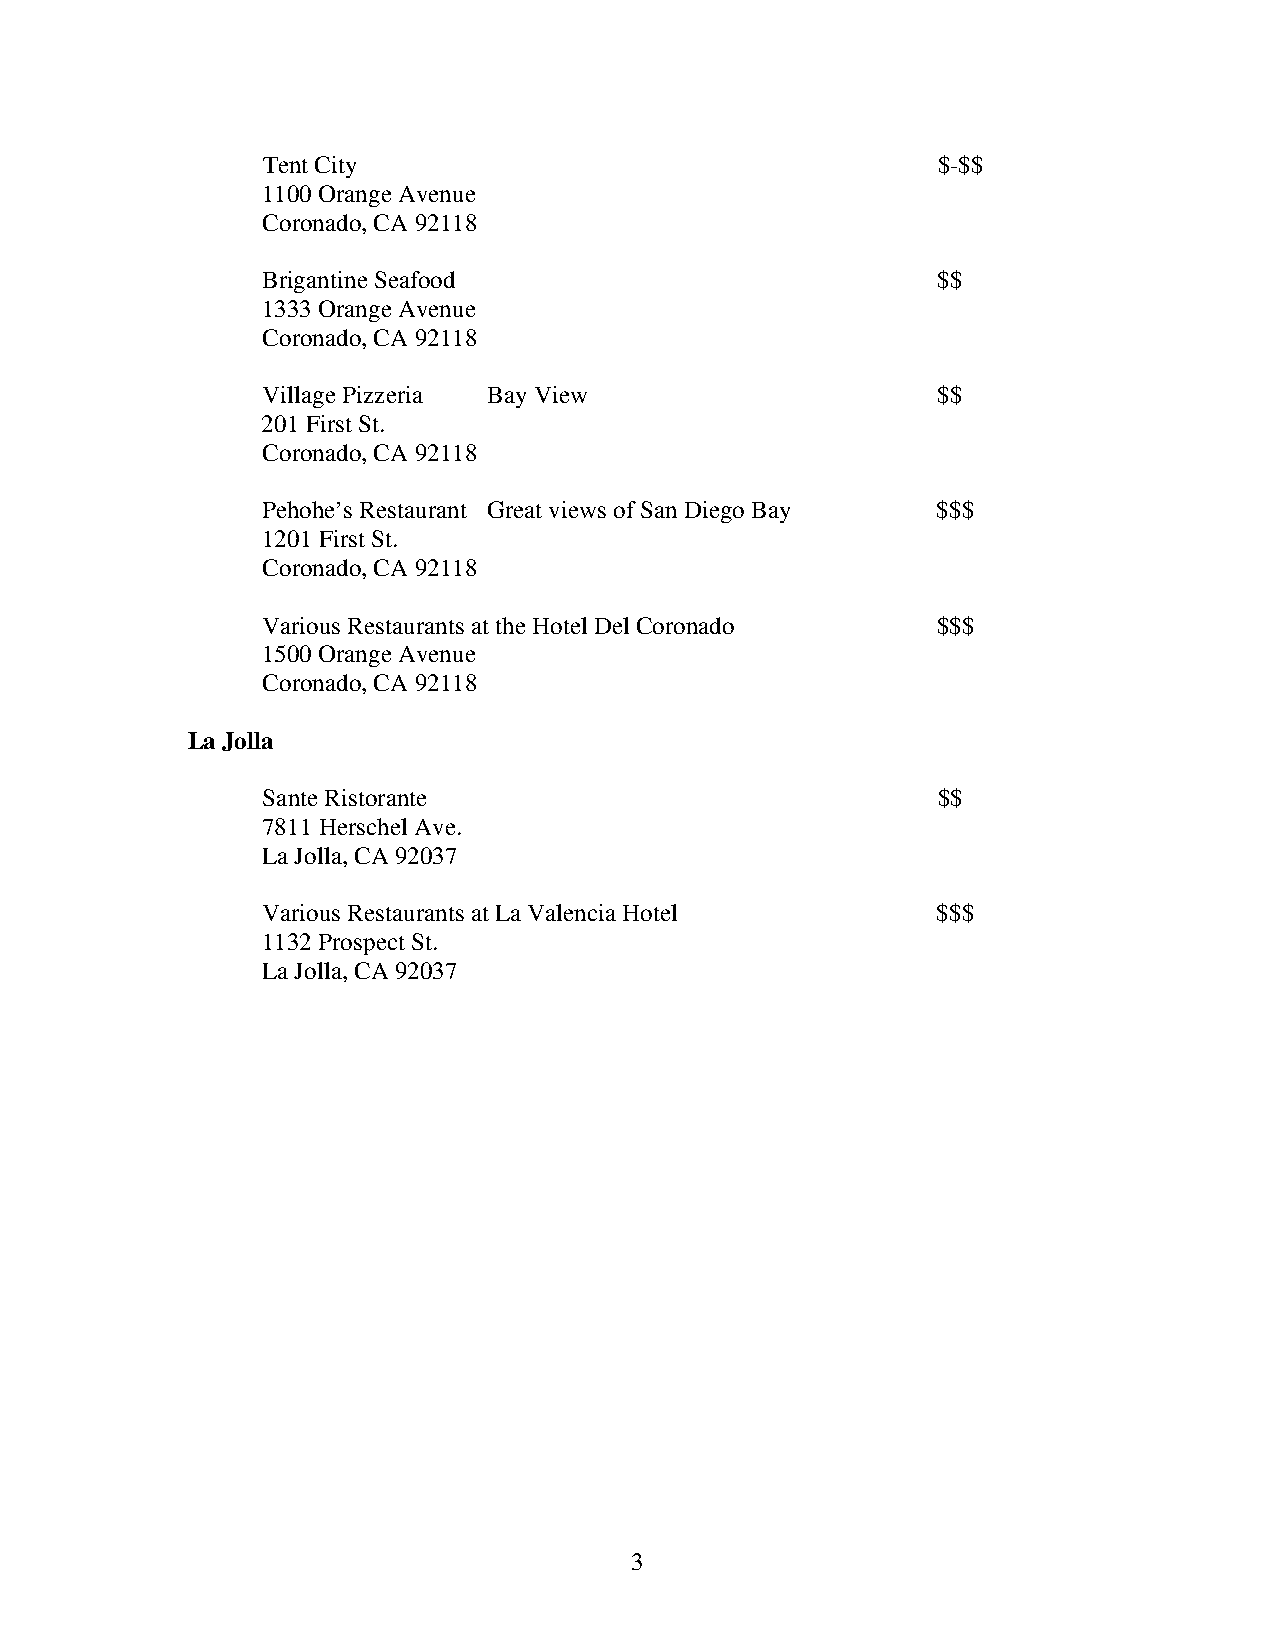
Tent City                                    $-$$
 1100 Orange Avenue
 Coronado, CA 92118
 Brigantine Seafood                           $$
 1333 Orange Avenue
 Coronado, CA 92118
 Village Pizzeria Bay View                    $$
 201 First St.
 Coronado, CA 92118
 Pehohe’s Restaurant Great views of San Diego Bay $$$
 1201 First St.
 Coronado, CA 92118
 Various Restaurants at the Hotel Del Coronado $$$
 1500 Orange Avenue
 Coronado, CA 92118
 La Jolla
 Sante Ristorante                             $$
 7811 Herschel Ave.
 La Jolla, CA 92037
 Various Restaurants at La Valencia Hotel     $$$
 1132 Prospect St.
 La Jolla, CA 92037
 3